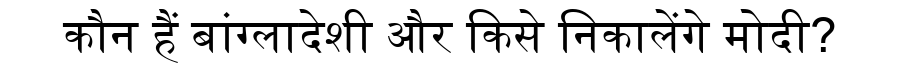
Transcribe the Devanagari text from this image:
कौन हैं बांग्लादेशी और किसे निकालेंगे मोदी?